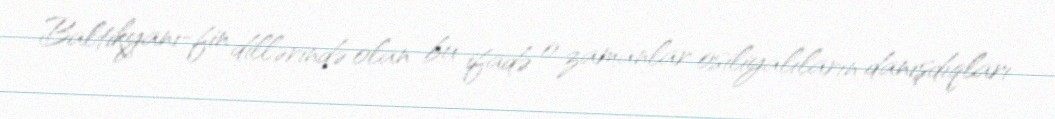
Baltikyanı-fin dillərində olan bu ifadə o zamanlar osiliyalıların danışdıqları